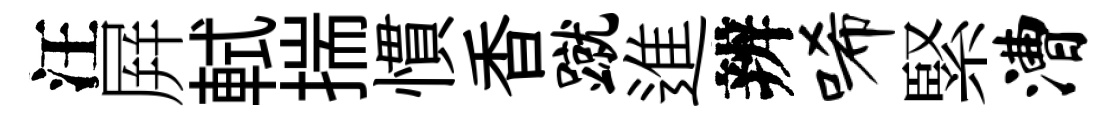
汪屛軾揣慣香蹴進辨唏緊漕